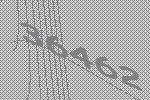
36462